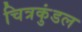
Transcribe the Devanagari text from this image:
चित्रकुंडल